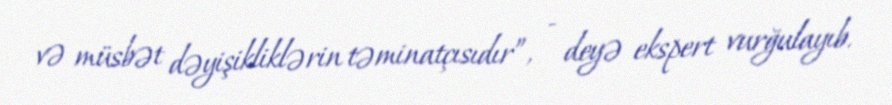
və müsbət dəyişikliklərin təminatçısıdır”, - deyə ekspert vurğulayıb.